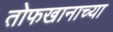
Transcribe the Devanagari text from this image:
तोफखानाच्या